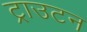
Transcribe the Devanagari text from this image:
ट्राउटन